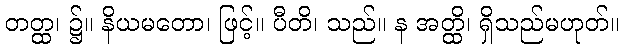
တတ္ထ၊ ၌။ နိယမတော၊ ဖြင့်။ ပီတိ၊ သည်။ န အတ္ထိ၊ ရှိသည်မဟုတ်။